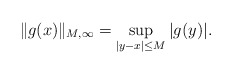
\begin{align*}\|g(x)\|_{M,\infty} = \sup_{|y-x| \leq M} | g(y) |.\end{align*}